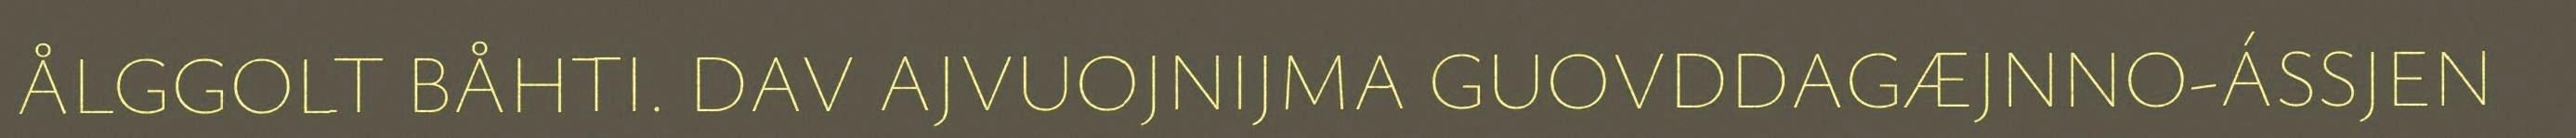
ÅLGGOLT BÅHTI. DAV AJVUOJNIJMA GUOVDDAGÆJNNO-ÁSSJEN